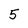
Character: 5